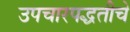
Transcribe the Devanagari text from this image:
उपचारपद्धतीचे